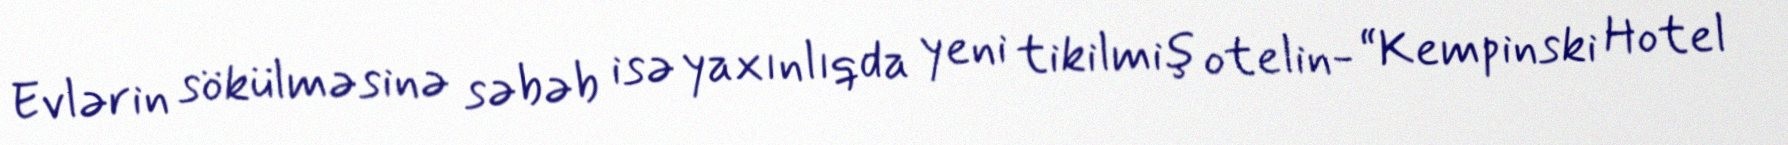
Evlərin sökülməsinə səbəb isə yaxınlıqda yeni tikilmiş otelin- “Kempinski Hotel